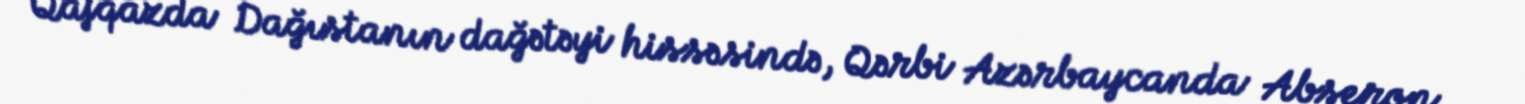
Qafqazda Dağıstanın dağətəyi hissəsində, Qərbi Azərbaycanda Abşeron